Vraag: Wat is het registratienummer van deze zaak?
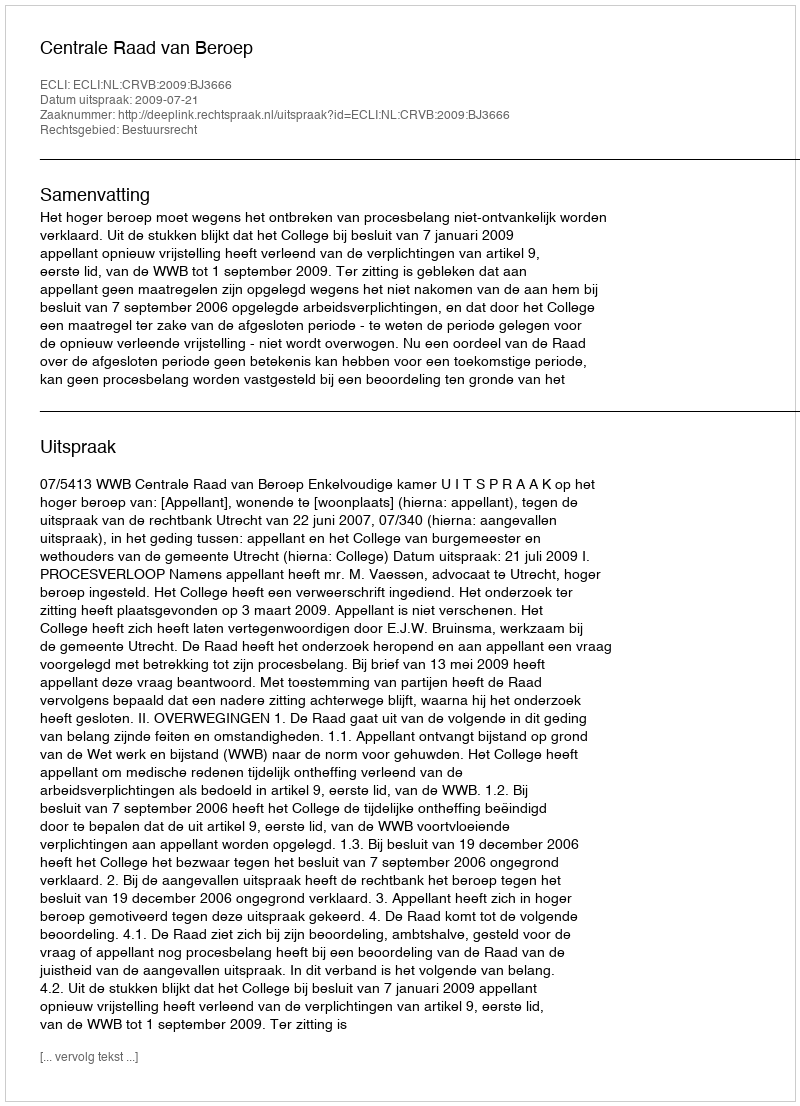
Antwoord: http://deeplink.rechtspraak.nl/uitspraak?id=ECLI:NL:CRVB:2009:BJ3666